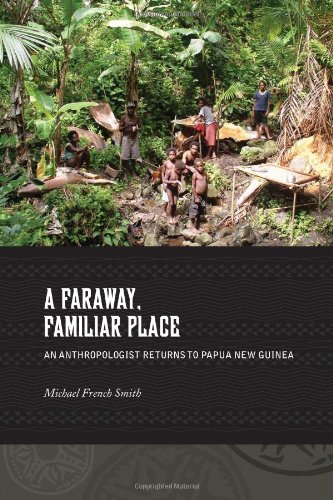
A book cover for A Faraway, Familiar Place: An Anthropologist Returns to Papua New Guinea; Michael French Smith; Travel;